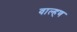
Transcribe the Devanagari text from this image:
वाल्हण